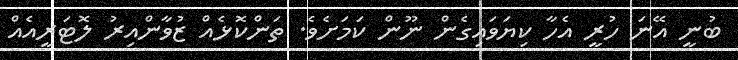
ބުނީ އޭނަ ހުރީ އެހާ ކިޔަވައިގެން ނޫން ކަމަށެވެ. ތަންކޮޅެއް ޒުވާންއިރު ލޮޓަރީއެއް